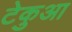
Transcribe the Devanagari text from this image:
टेकुआ